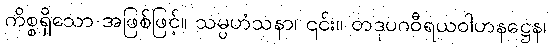
ကိစ္စရှိသော အဖြစ်ဖြင့်။ သမ္ပဟံသနာ၊ ၎င်း။ တဒုပဂဝီရယဝါဟနဋ္ဌေန၊